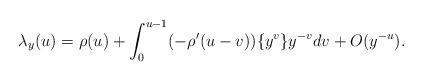
LaTeX: \begin{align*}\lambda_y(u)=\rho(u)+\int_{0}^{u-1}(-\rho'(u-v))\{y^v\}y^{-v}dv + O(y^{-u}).\end{align*}